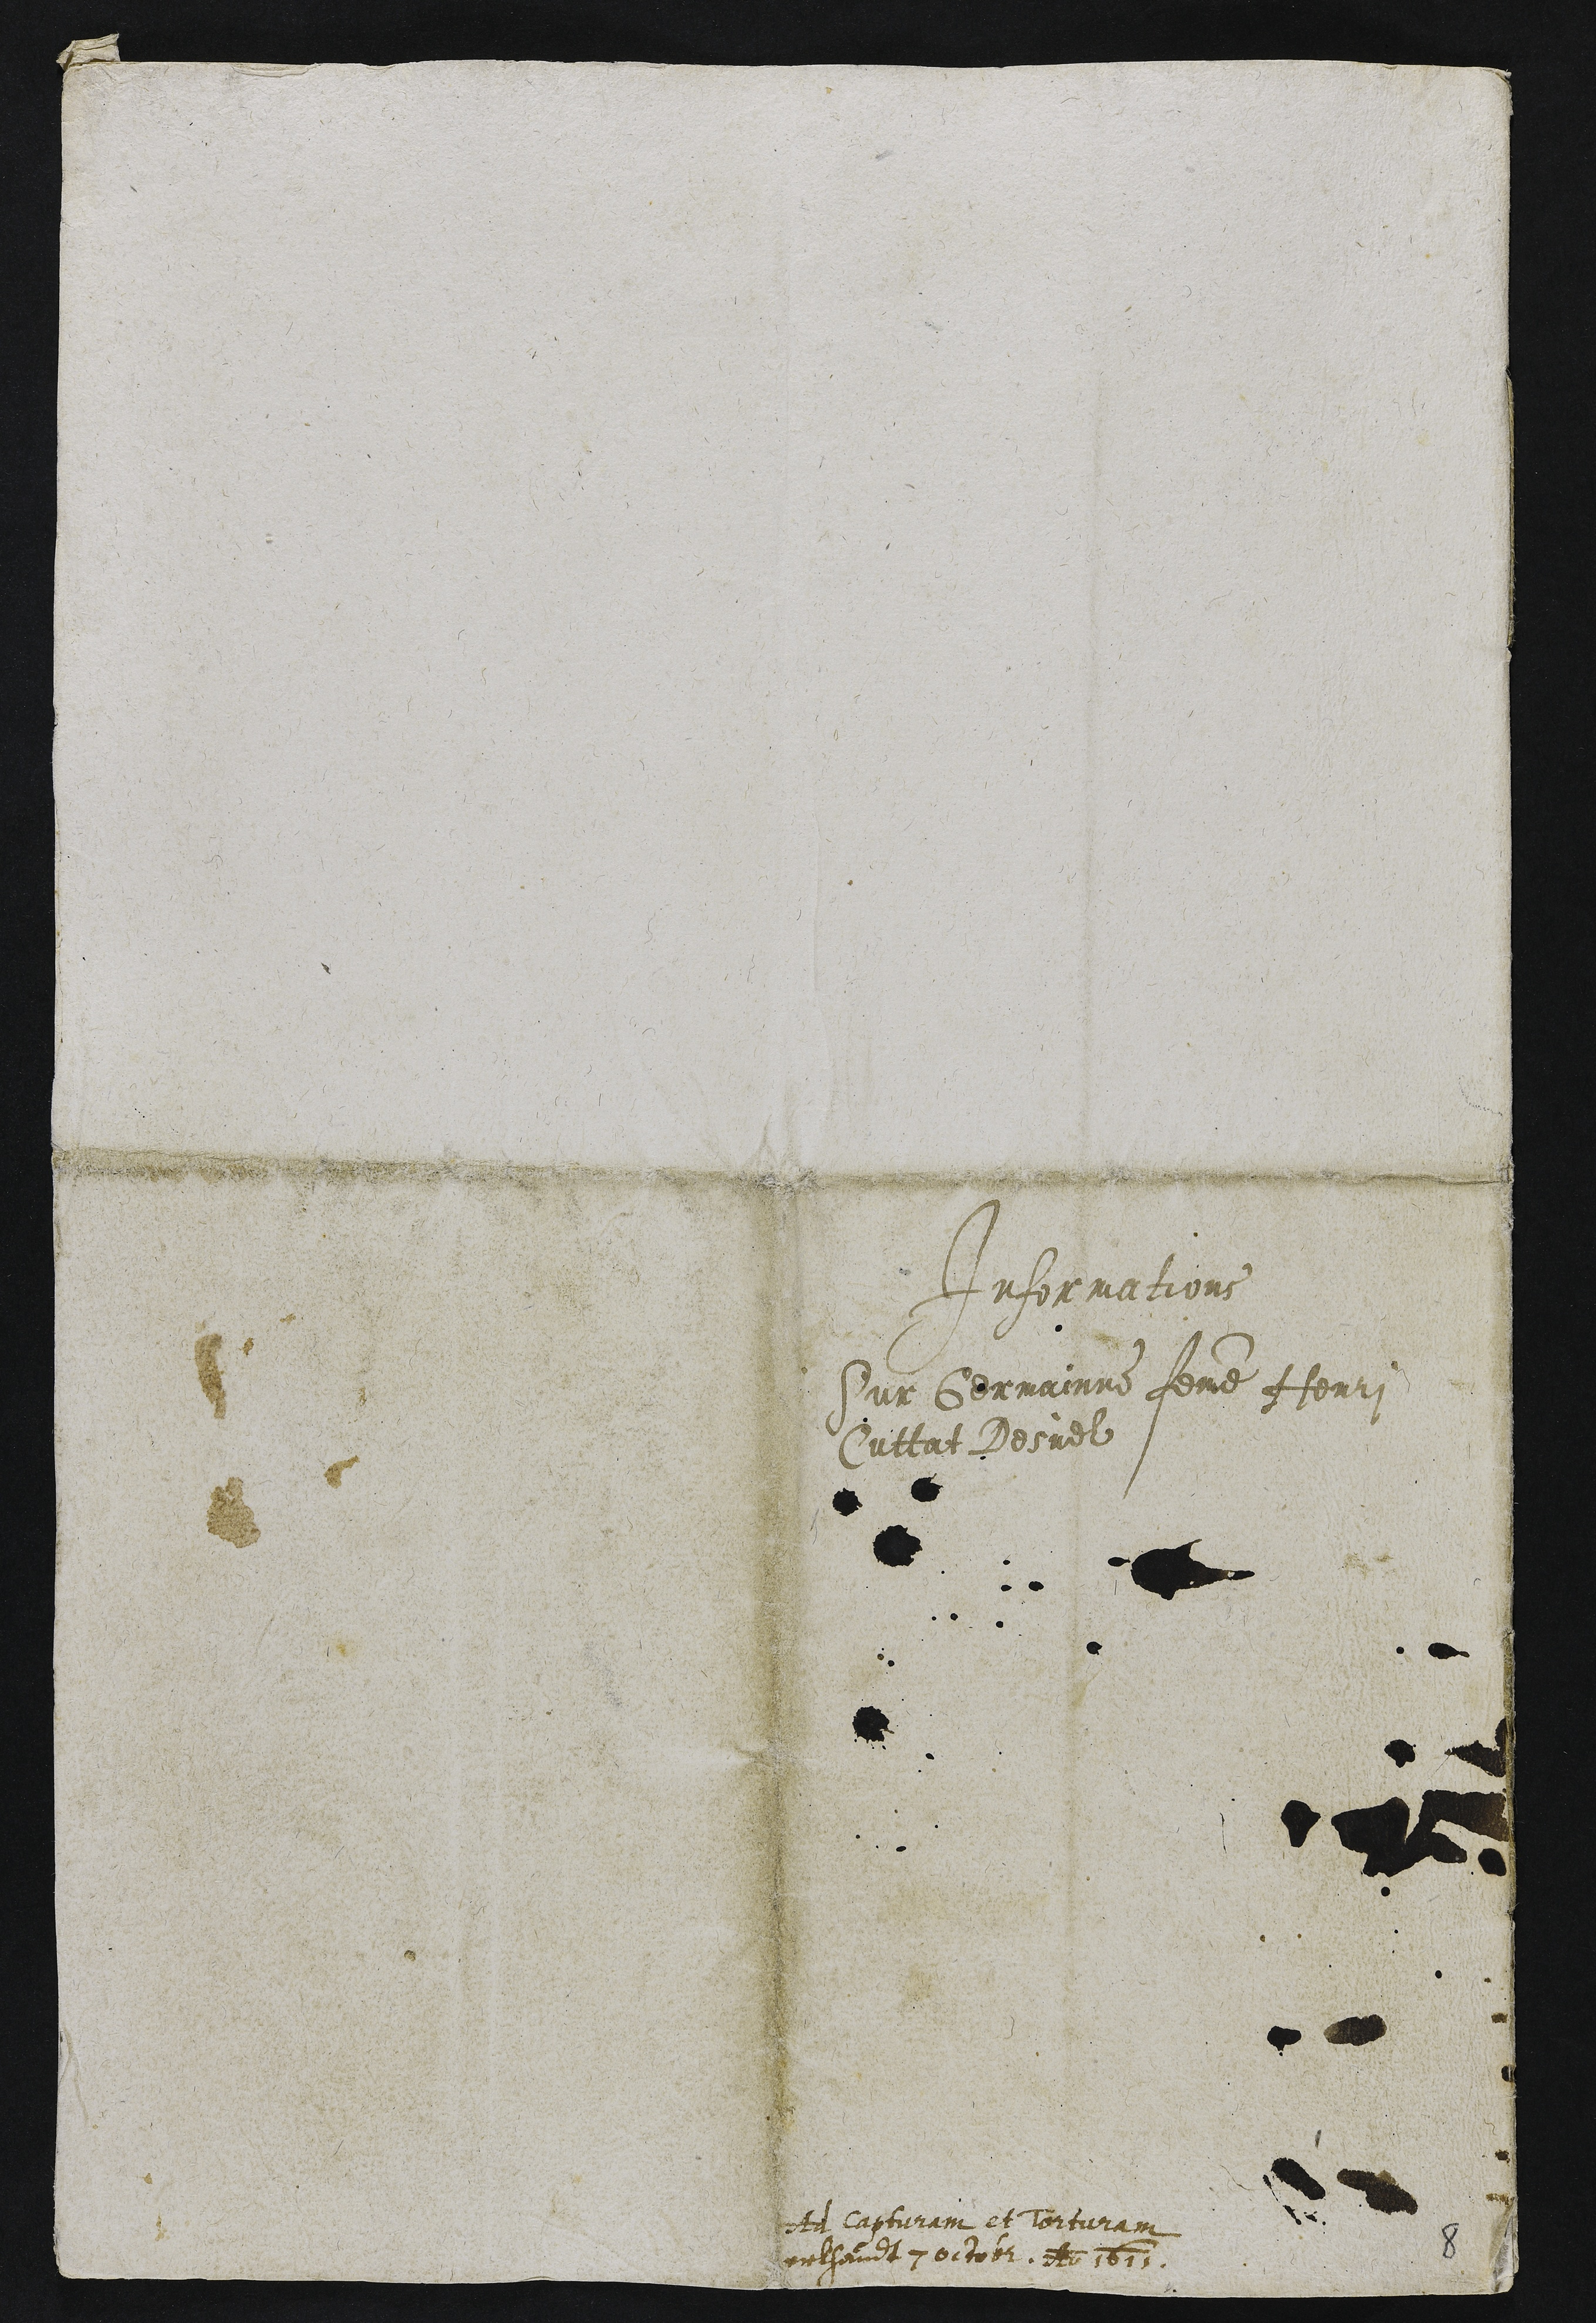
Informations
Sur Germainne femme Henri
Cuttat Desuel

te Capturain et torturam
uulhaint 7 01to0 e 1611

6